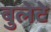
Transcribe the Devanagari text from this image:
बुलेटे